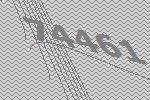
74461